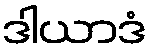
ဒါယာဒံ